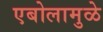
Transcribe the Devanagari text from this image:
एबोलामुळे